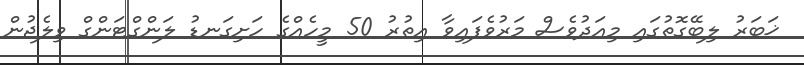
ޚަބަރު ލިބޭގޮތުގައި މިއަދުވެސް މަރުވެފައިވާ އިތުރު 50 މީހެއްގެ ހަށިގަނޑު ލަންގްޓަންގް ވިލެޖުން